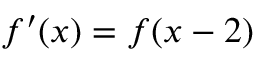
f ^ { \prime } ( x ) = f ( x - 2 )